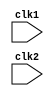
module pipe_MIPS32(clk1, clk2);

input clk1,clk2;     //Two-phase clock

reg[31:0] PC, IF_ID_IR, IF_ID_NPC;
reg [31:0] ID_EX_IR, ID_EX_NPC, ID_EX_A, ID_EX_B, ID_EX_Imm;
reg [2:0] ID_EX_type, EX_MEM_type, MEM_WB_type;
reg [31:0] EX_MEM_IR, EX_MEM_ALUout, EX_MEM_B;
reg [31:0] MEM_WB_IR, MEM_WB_ALUout, MEM_WB_LMD;
reg EX_MEM_cond;
reg [31:0] Reg [0:31];      // Register bank (32*32)
reg [31:0] Mem [0:1023];    // 1024832 memory

parameter ADD=6'b000000, SUB=6'b000001, AND=6'b000010, OR=6'b000011,
          SLT=6'b000100, MUL=6'b000101, HLT=6'b111111, LW=6'b001000,
          SW=6'b001001, ADDI=6'b001010, SUBI=6'b001011, SLTI=6'b001100,
          BNEQZ=6'b001101, BEQZ=6'b001110;  
          
parameter RR_ALU=3'b000, RM_ALU=3'b001, LOAD=3'b010, STORE=3'b011,
          BRANCH=3'b100, HALT=3'b101;
        
 reg HALTED;           //Set after HTL instruction is completed (in WB stage)
 
 
 reg TAKEN_BRANCH;     //  Require to disable instructions after branch
           
                      
                      //*** Instruction Fetch Stage***
                      
  always @(posedge clk1)
      if(HALTED==0)
      begin
        if(((EX_MEM_IR[31:26]==BEQZ) && (EX_MEM_cond==1)) || ((EX_MEM_IR[31:26]== BNEQZ) &&(EX_MEM_cond==0)))
        begin
        IF_ID_IR      <= #2 Mem[EX_MEM_ALUout];
        TAKEN_BRANCH  <= #2 1'b1;
        IF_ID_NPC     <= #2 EX_MEM_ALUout+1;
        PC            <= #2 EX_MEM_ALUout+1;
        end  
        
      else
      begin
      IF_ID_IR   <= #2 Mem[PC];
      IF_ID_NPC  <= #2 PC+1;
      PC         <= #2 PC+1;
      end      
     end
     
     
     
     
                  // **** Instruction Decode Stage ****
     
   always @(posedge clk2)
   if (HALTED==0)
   begin
    if(IF_ID_IR[25:21]== 5'b00000) ID_EX_A<=0;
    else ID_EX_A <= #2 Reg[IF_ID_IR[25:21]];//rs
    
    if(IF_ID_IR[20:16]==5'b00000) ID_EX_B<=0;
    else ID_EX_B  <= #2 Reg[IF_ID_IR[20:16]];
     
    ID_EX_NPC   <= #2 IF_ID_NPC;
    ID_EX_IR    <= #2 IF_ID_IR;
    ID_EX_Imm   <= #2 {{16{IF_ID_IR[15]}},{IF_ID_IR[15:0]}};
    
    case(IF_ID_IR[31:26])
    ADD,SUB,AND,OR,SLT,MUL : ID_EX_type <= #2 RR_ALU;
    ADDI,SUBI,SLTI:          ID_EX_type <= #2 RR_ALU;
    LW:                      ID_EX_type <= #2 LOAD;
    SW:                      ID_EX_type <= #2 STORE;
    BNEQZ, BEQZ:             ID_EX_type <= #2 BRANCH;
    HLT:                     ID_EX_type <= #2 HALT;
    default:                 ID_EX_type <= #2 HALT; //invalid opcode
    endcase
    end
    
    //*** Instruction Execution Stage***
    
    
 always @(posedge clk1)
    if(HALTED==0)
    begin
     EX_MEM_type   <= #2 ID_EX_type;
     EX_MEM_type   <= #2 ID_EX_IR;
     TAKEN_BRANCH  <= #2 0;
     
     case(ID_EX_type)
       RR_ALU : begin
                 case(ID_EX_IR[31:26]) // opcode
                 ADD: EX_MEM_ALUout <= #2 ID_EX_A + ID_EX_B;
                 SUB: EX_MEM_ALUout <= #2 ID_EX_A - ID_EX_B;
                 AND: EX_MEM_ALUout <= #2 ID_EX_A & ID_EX_B;
                 OR:  EX_MEM_ALUout <= #2 ID_EX_A | ID_EX_B;
                 SLT: EX_MEM_ALUout <= #2 ID_EX_A < ID_EX_B;
                 MUL: EX_MEM_ALUout <= #2 ID_EX_A * ID_EX_B;
                 default: EX_MEM_ALUout <= #2 32'hxxxxxxxx;
                 endcase  
                 end

      RM_ALU:    begin 
                 case(ID_EX_IR[31:26]) //opcode
                 ADDI:  EX_MEM_ALUout <= #2 ID_EX_A + ID_EX_Imm;
                 SUBI:  EX_MEM_ALUout <= #2 ID_EX_A - ID_EX_Imm;
                 SLTI:  EX_MEM_ALUout <= #2 ID_EX_A < ID_EX_Imm;
                 default:  EX_MEM_ALUout <= #2  32'hxxxxxxxx;
                 endcase
                 end
                 
      LOAD, STORE: begin  
                   EX_MEM_ALUout <= #2 ID_EX_A + ID_EX_Imm;
                   EX_MEM_B <= #2 ID_EX_B;
                   end
    
      BRANCH:      begin
                    EX_MEM_ALUout <= #2 ID_EX_NPC + ID_EX_Imm;
                    EX_MEM_cond   <= #2 (ID_EX_A==0);
                    end
                    
      endcase
      end
      
      
    always @(posedge clk2)
      if(HALTED==0) 
      begin
       MEM_WB_type <= #2 EX_MEM_type;
       MEM_WB_IR   <= #2 EX_MEM_IR;
       
       case(EX_MEM_type)   
        RR_ALU, RM_ALU:
                 MEM_WB_ALUout   <= #2 EX_MEM_ALUout;
                 
        LOAD:   MEM_WB_LMD <= #2 Mem[EX_MEM_ALUout];
        
        STORE: if(TAKEN_BRANCH==0)  // DISABLE WRITE
               Mem[EX_MEM_ALUout] <=#2 EX_MEM_B;
               
        endcase
       end
    
    //**** WRITEBACK STAGE****
    always @(posedge clk1)
      begin
        if(TAKEN_BRANCH==0)
          case(MEM_WB_type)
          
          RR_ALU:  Reg[MEM_WB_IR[15:11]] <= #2 MEM_WB_ALUout;
          
          RM_ALU:  Reg[MEM_WB_IR[20:16]] <= #2 MEM_WB_ALUout;
          
          LOAD  :  Reg[MEM_WB_IR[20:16]] <= #2 MEM_WB_LMD;
          
          HALT  :   HALTED<= 1'b1;
          
          endcase
          
        end
         endmodule